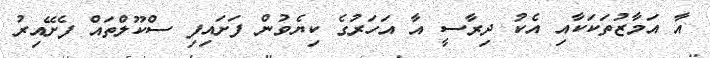
އާ އަމާޒުތަކަކާއި އެކު ދިރާސީ އާ އަހަރުގެ ކިޔެވުން ފަށައިފި ސްކޫލްތައް ފެށޭއިރު